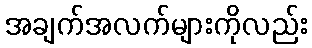
အချက်အလက်များကိုလည်း